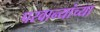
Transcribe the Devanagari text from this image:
परवान्यांच्या